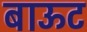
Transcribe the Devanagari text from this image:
बाऊट